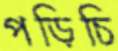
পড়িচি